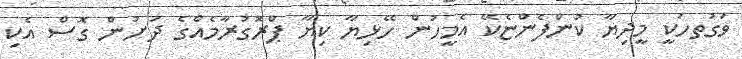
ވަގުތހަކީ މީދިޔާ ކުންފެންޏެކޭ އެމީހުން ހޭޅިޔާ ކިޔާ ޕްރޮގުރާމެއްގެ ދަށުން ގޮސް އެކި